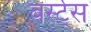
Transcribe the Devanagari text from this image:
बर्स्ट्‌स